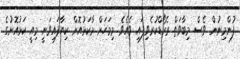
ފުންމިނުން ވެސް މިބާވަތް ރެކޯޑްކުރެވިފައި ވެއެވެ. މިމަހަށް މާކަޅުއޮށް ކިޔާފައިވަނީ މިއީ ކަޅުއޮށުގެ